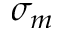
\sigma _ { m }